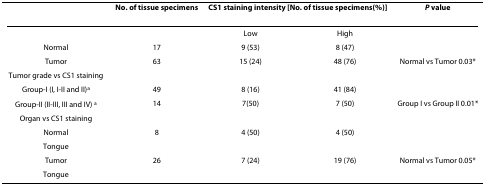
<table><thead><tr><td></td><td><b>No. of tissue specimens</b></td><td colspan="2"><b>CS1 staining intensity [No. of tissue specimens(%)]</b></td><td><b><i>P </i>value</b></td></tr></thead><tbody><tr><td></td><td></td><td>Low</td><td>High</td><td></td></tr><tr><td>Normal</td><td>17</td><td>9 (53)</td><td>8 (47)</td><td></td></tr><tr><td>Tumor</td><td>63</td><td>15 (24)</td><td>48 (76)</td><td>Normal vs Tumor 0.03*</td></tr><tr><td>Tumor grade vs CS1 staining</td><td></td><td></td><td></td><td></td></tr><tr><td>Group-I (I, I-II and II)<sup>a</sup></td><td>49</td><td>8 (16)</td><td>41 (84)</td><td></td></tr><tr><td>Group-II (II-III, III and IV) <sup>a</sup></td><td>14</td><td>7(50)</td><td>7 (50)</td><td>Group I vs Group II 0.01*</td></tr><tr><td>Organ vs CS1 staining</td><td></td><td></td><td></td><td></td></tr><tr><td>Normal</td><td>8</td><td>4 (50)</td><td>4 (50)</td><td></td></tr><tr><td>Tongue</td><td></td><td></td><td></td><td></td></tr><tr><td>Tumor</td><td>26</td><td>7 (24)</td><td>19 (76)</td><td>Normal vs Tumor 0.05*</td></tr><tr><td>Tongue</td><td></td><td></td><td></td><td></td></tr></tbody></table>